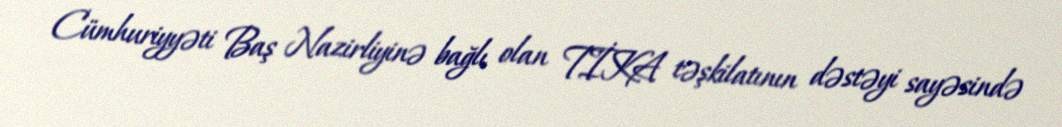
Cümhuriyyəti Baş Nazirliyinə bağlı olan TİKA təşkilatının dəstəyi sayəsində